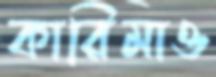
কারিমাও